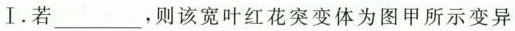
Ⅰ. 若___，则该宽叶红花突变体为图甲所示变异